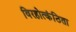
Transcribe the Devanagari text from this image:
विरहोत्कंठिता